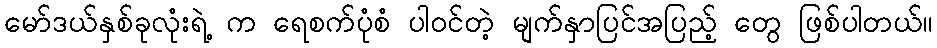
မော်ဒယ်နှစ်ခုလုံးရဲ့ က ရေစက်ပုံစံ ပါဝင်တဲ့ မျက်နှာပြင်အပြည့် တွေ ဖြစ်ပါတယ်။